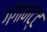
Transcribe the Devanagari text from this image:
गंगाभट्ट